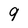
Character: 9